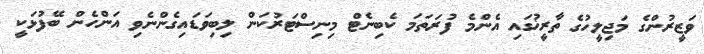
ވަޒީރުންގެ މަޖިލީހުގެ ތާރީޚުގައި އެންމެ ފުރަތަމަ ކެބިނެޓް މިނިސްޓަރުކަން ލިބިވަޑައިގެންނެވި އަންހެން ބޭފުޅަކީ